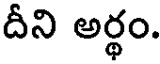
దీని అర్థం.